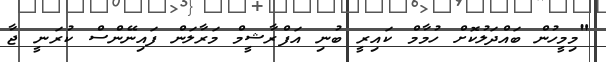
"މިމީހުން ބައްދަލުކޮށް ހުމާމް ކައިރީ ބުނި އަފްރާޝީމް މަރާލަން ފައިނޭންސް ކުރަނީ ޖާ